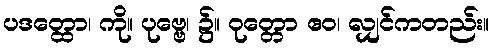
ပဒတ္ထော၊ ကို။ ပုဗ္ဗေ၊ ၌။ ဝုတ္တော ဧဝ၊ လျှင်ကတည်း။